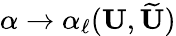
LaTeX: \alpha\to\alpha_{\ell}(\mathbf{U},\widetilde{\mathbf{U}})